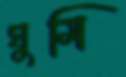
ঘুমি